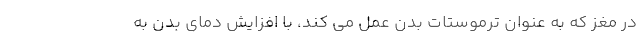
در مغز که به عنوان ترموستات بدن عمل می کند، با افزایش دمای بدن به